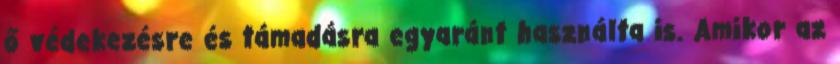
ő védekezésre és támadásra egyaránt használta is. Amikor az